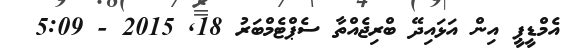
އެމްޑީޕީ އިން އަޅައިދޭ ބްރިޖެއްތާ ސެޕްޓެމްބަރު 18